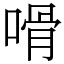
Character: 嗗